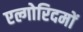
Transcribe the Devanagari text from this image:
एल्गोरिदमों